Scottish Certificate of Education, 1962
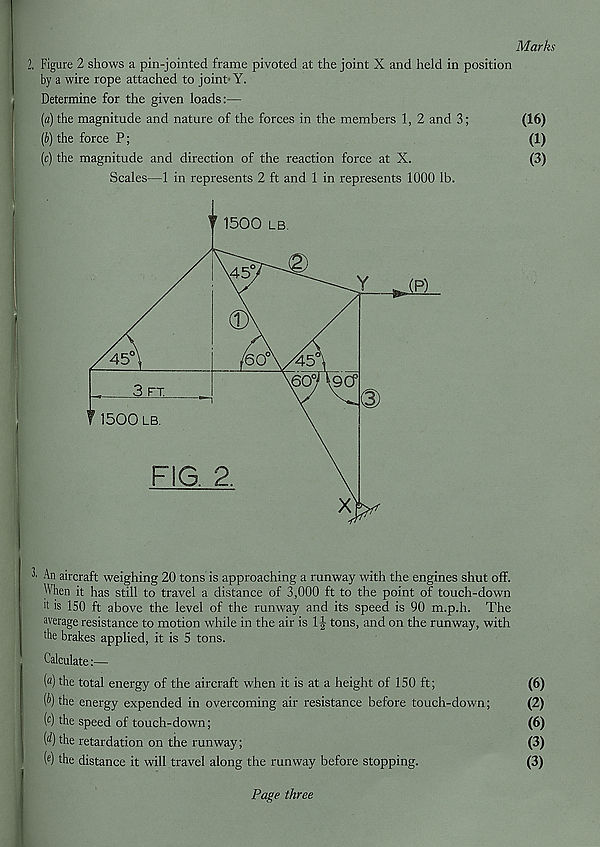
Marks
2. Figure 2 shows a pin-jointed frame pivoted at the joint X and held in position
by a wire rope attached to joint Y.
Determine for the given loads:—
[a) the magnitude and nature of the forces in the members 1, 2 and 3;
(16)
[b) the force P;
(1)
[c) the magnitude and direction of the reaction force at X.
(3)
Scales—1 in represents 2 ft and 1 in represents 1000 lb.
An aircraft weighing 20 tons is approaching a runway with the engines shut off.
When it has still to travel a distance of 3,000 ft to the point of touch-down
't is 150 ft above the level of the runway and its speed is 90 m.p.h. The
average resistance to motion while in the air is 1J tons, and on the runway, with
the brakes applied, it is 5 tons.
Calculate:—
(°) the total energy of the aircraft when it is at a height of 150 ft;
(6)
% the energy expended in overcoming air resistance before touch-down;
(2)
( c ) the speed of touch-down;
(6)
( d ) the retardation on the runway;
(3)
( e ) the distance it will travel along the runway before stopping.
(3)
Page three